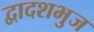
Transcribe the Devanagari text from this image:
द्वादशभुज